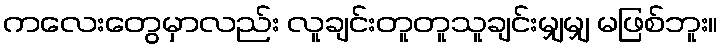
ကလေးတွေမှာလည်း လူချင်းတူတူသူချင်းမျှမျှ မဖြစ်ဘူး။